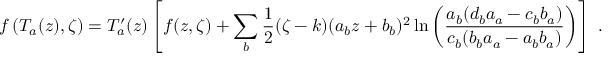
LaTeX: f \left( T _ { a } ( z ) , \zeta \right) = T _ { a } ^ { \prime } ( z ) \left[ f ( z , \zeta ) + \sum _ { b } \frac { 1 } { 2 } ( \zeta - k ) ( a _ { b } z + b _ { b } ) ^ { 2 } \ln \left( \frac { a _ { b } ( d _ { b } a _ { a } - c _ { b } b _ { a } ) } { c _ { b } ( b _ { b } a _ { a } - a _ { b } b _ { a } ) } \right) \right] \ .